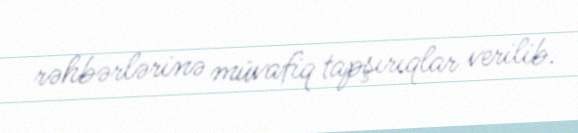
rəhbərlərinə müvafiq tapşırıqlar verilib.